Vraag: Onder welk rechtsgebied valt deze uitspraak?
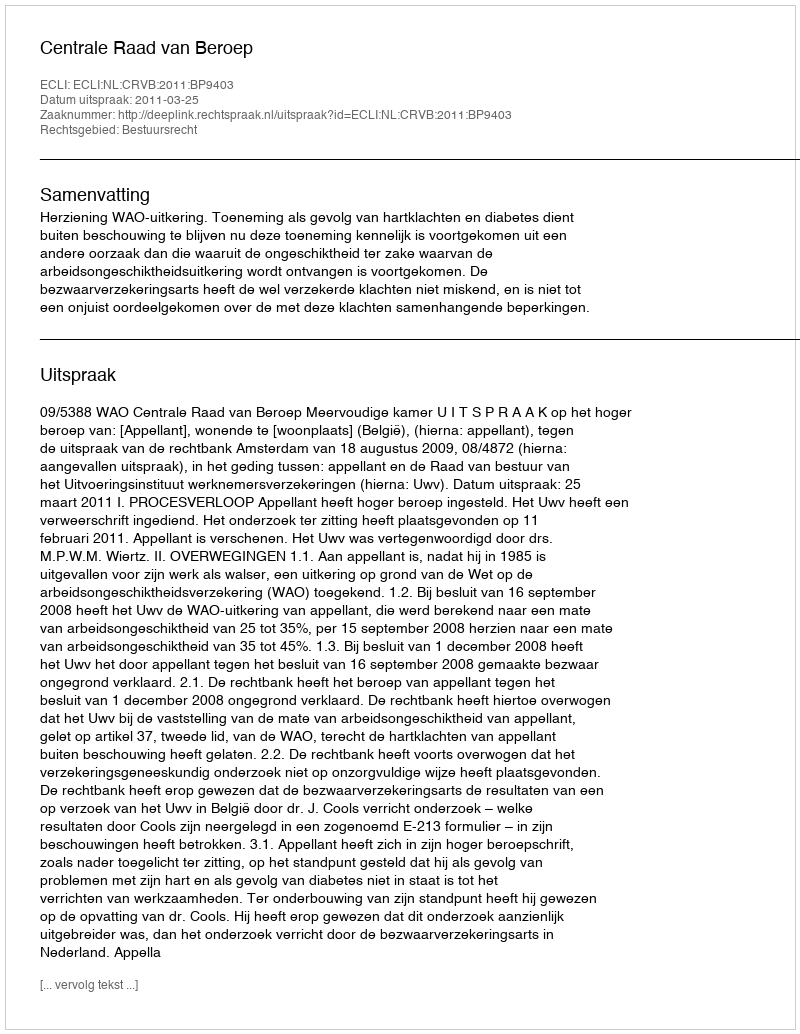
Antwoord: Bestuursrecht